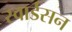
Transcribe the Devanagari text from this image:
स्वार्डसन